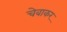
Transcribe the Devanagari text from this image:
चेवाकर